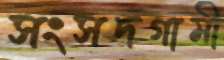
সংসদগামী